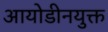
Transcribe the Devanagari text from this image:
आयोडीनयुक्त